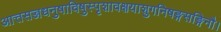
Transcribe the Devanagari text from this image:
आत्तसज्जधनुषाविषुस्पृशावक्षयाशुगनिषङ्गसङ्गिनौ।